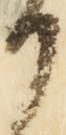
御